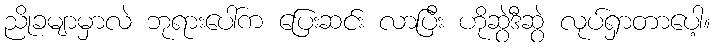
ညိုခမျာမှာလဲ ဘုရားပေါ်က ပြေးဆင်း လာပြီး ဟိုဆွဲဒီဆွဲ လုပ်ရှာတာပေါ့။